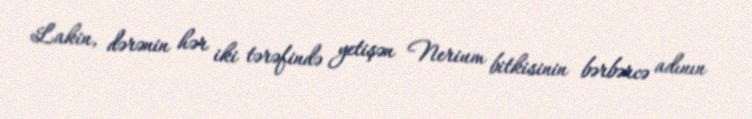
Lakin, dərənin hər iki tərəfində yetişən Nerium bitkisinin bərbərcə adının